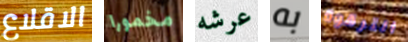
الاقلاع مخمورا عرشه به الترقوة